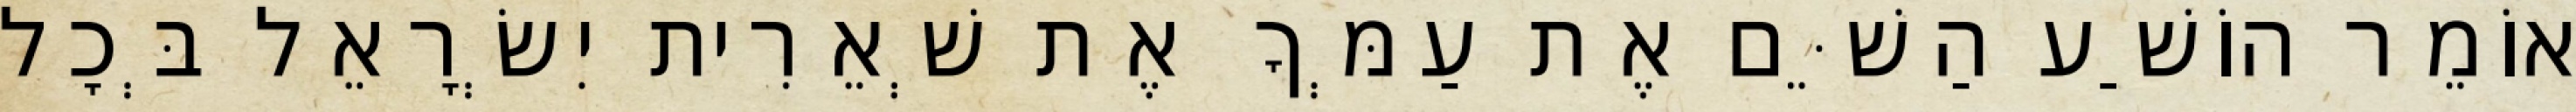
אוֹמֵר הוֹשַׁע הַשֵּׁם אֶת עַמְּךָ אֶת שְׁאֵרִית יִשְׂרָאֵל בְּכָל